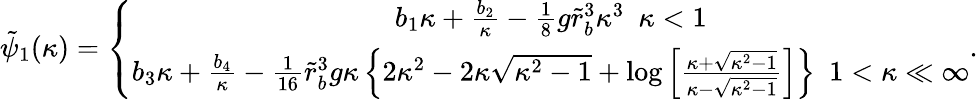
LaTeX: \begin{array}{r}{\tilde{\psi}_{1}(\kappa)=\left\{ \begin{array}{c}{b_{1}\kappa+\frac{b_{2}}{\kappa}-\frac{1}{8}g\tilde{r}_{b}^{3}\kappa^{3}~~\kappa<1}\\ {b_{3}\kappa+\frac{b_{4}}{\kappa}-\frac{1}{16}\tilde{r}_{b}^{3}g\kappa\left\{ 2\kappa^{2}-2\kappa\sqrt{\kappa^{2}-1}+\log\left[\frac{\kappa+\sqrt{\kappa^{2}-1}}{\kappa-\sqrt{\kappa^{2}-1}}\right]\right\} ~~1<\kappa\ll\infty}\end{array}\right..}\end{array}